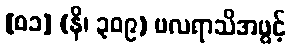
[၀၁] (နိ၊ ၃၀၉) ဗလရာသိအဖွင့်